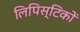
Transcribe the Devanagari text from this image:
लिपिस्टिकों